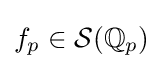
f_{p}\in {\mathcal {S}}(\mathbb {Q} _{p})